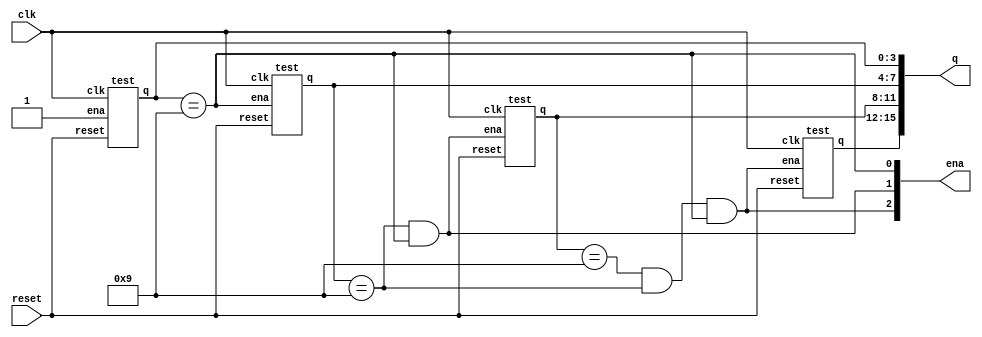
module top_module (
    input clk,
    input reset,   // Synchronous active-high reset
    output [3:1] ena,
    output [15:0] q);

    test u_test(
        .clk(clk),
        .reset(reset),
        .ena(1'b1),
        .q(q[3:0])
    );

    test u_test1(
        .clk(clk),
        .reset(reset),
        .ena(ena[1]),
        .q(q[7:4])
    );

    test u_test2(
        .clk(clk),
        .reset(reset),
        .ena(ena[2]),
        .q(q[11:8])
    );

    test u_test3(
        .clk(clk),
        .reset(reset),
        .ena(ena[3]),
        .q(q[15:12])
    );
    // 
    assign ena = {q[11:8] == 4'd9 && q[7:4] == 4'd9 && q[3:0] == 4'd9, q[7:4] == 4'd9 && q[3:0] == 4'd9, q[3:0] == 4'd9};

endmodule


module test (
    input clk,
    input reset,   // Synchronous active-high reset
    input  ena,
    output reg [3:0] q);

    always @(posedge clk) begin
        if (reset) begin
            q <= 4'b0;
        end
        else if (ena) begin
            if (q == 4'd9)
                q <= 4'd0;
            else
                q <= q + 1'b1;
        end
    end
endmodule